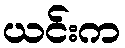
ယင်းက